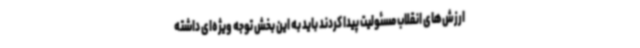
ارزش‌های انقلاب مسئولیت پیدا کردند باید به این بخش توجه ویژه‌ای داشته